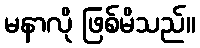
မနာလို ဖြစ်မိသည်။